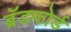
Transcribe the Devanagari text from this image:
ब्रॅडफोर्ड